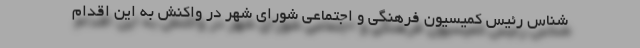
شناس رئیس کمیسیون فرهنگی و اجتماعی شورای شهر در واکنش به این اقدام